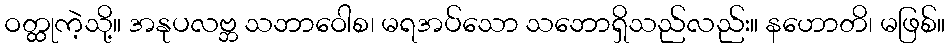
ဝတ္ထုကဲ့သို့။ အနုပလဗ္ဘ သဘာဝေါစ၊ မရအပ်သော သဘောရှိသည်လည်း။ နဟောတိ၊ မဖြစ်။